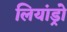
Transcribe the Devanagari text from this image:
लियांड्रो